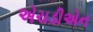
એચડીએન